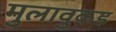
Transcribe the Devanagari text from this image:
मुलावुकड